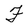
Character: F